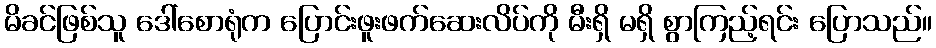
မိခင်ဖြစ်သူ ဒေါ်စောရုံက ပြောင်းဖူးဖက်ဆေးလိပ်ကို မီးရှိ မရှိ စွာကြည့်ရင်း ပြောသည်။